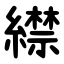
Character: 䌝